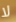
لا